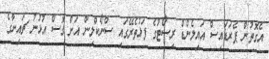
އެގޮތުން ޕެރަޑައިސް އައިލެންޑް ރިސޯޓުގެ ފަޅުތެރޭގައި ސްނޯކްލިން އަށް ގޮސް އުޅުނު ޗައިނާގެ